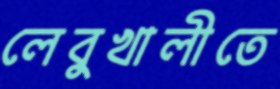
লেবুখালীতে